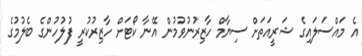
އެ މައްސަލައިގެ ޝަރީއަތަށް ސިޔާމް ހާޒިރުނުވުމުން އޭނާ ކޯޓަށް ހާޒިރުކުރީ ފުލުހުންގެ ބެލުމުގެ